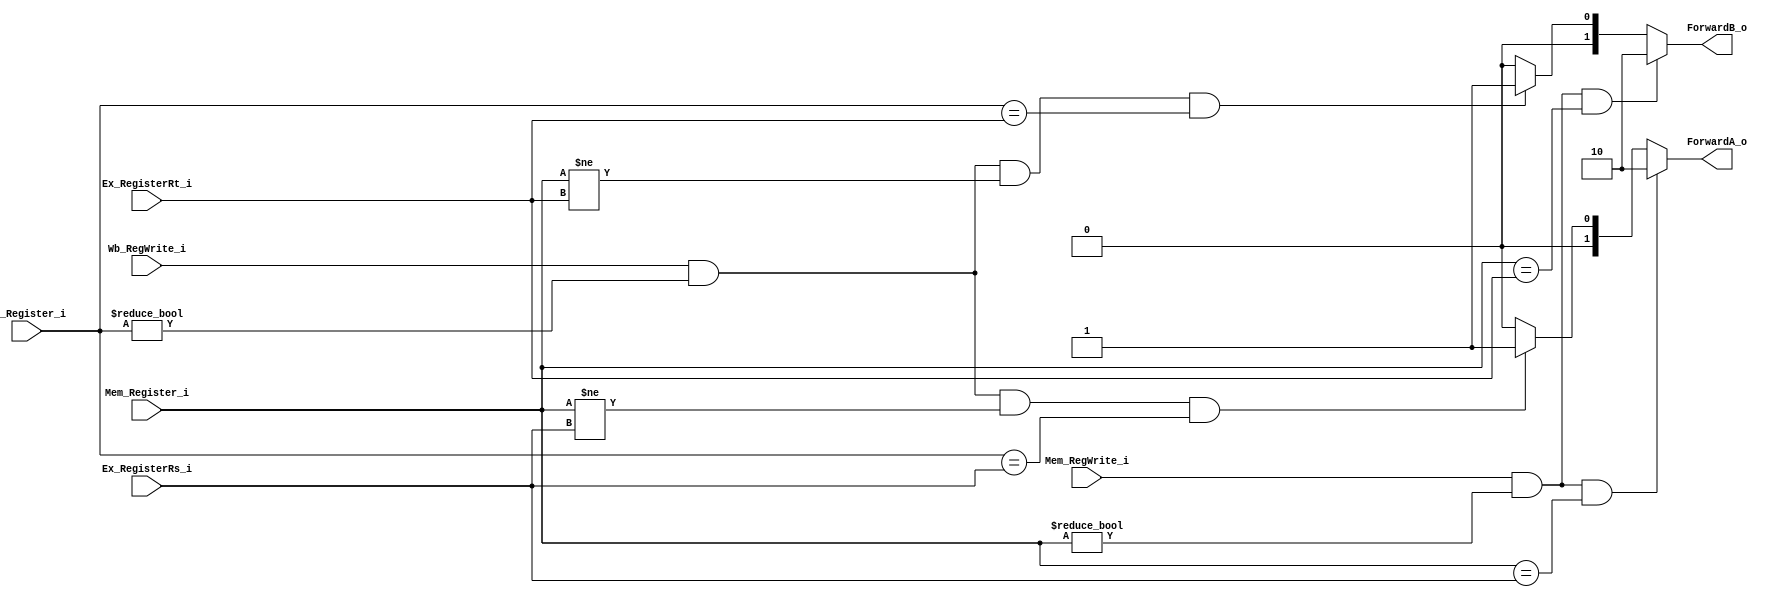
module Forward
(
    Ex_RegisterRs_i,
    Ex_RegisterRt_i,
    Mem_RegWrite_i,
    Mem_Register_i,
    Wb_RegWrite_i,
    Wb_Register_i,
    ForwardA_o,
    ForwardB_o,  
);
input [4:0]   Ex_RegisterRs_i;
input [4:0]    Ex_RegisterRt_i;

input    Mem_RegWrite_i;
input [4:0]   Mem_Register_i;

input    Wb_RegWrite_i;
input [4:0]   Wb_Register_i;
output [1:0]    ForwardA_o;
output [1:0]    ForwardB_o;  
assign ForwardA_o=( (Mem_RegWrite_i) && (Mem_Register_i!=0) &&(Mem_Register_i==Ex_RegisterRs_i) ) ? 2'b10
                   : ( ( (Wb_RegWrite_i) && (Wb_Register_i!=0) && (Mem_Register_i!=Ex_RegisterRs_i)
						&& (Wb_Register_i==Ex_RegisterRs_i) ) ? 2'b01
					:2'b00);
assign ForwardB_o=( (Mem_RegWrite_i) && (Mem_Register_i!=0) &&(Mem_Register_i==Ex_RegisterRt_i) ) ? 2'b10
                   : ( ( (Wb_RegWrite_i) && (Wb_Register_i!=0) && (Mem_Register_i!=Ex_RegisterRt_i)
						&& (Wb_Register_i==Ex_RegisterRt_i) ) ? 2'b01
					:2'b00);					

endmodule